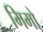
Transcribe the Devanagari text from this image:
मिमो